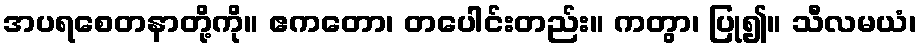
အပရစေတနာတို့ကို။ ဧကတော၊ တပေါင်းတည်း။ ကတွာ၊ ပြု၍။ သီလမယံ၊